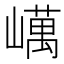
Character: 𡽇